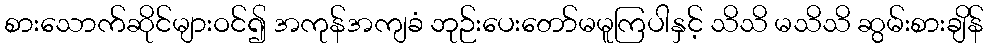
စားသောက်ဆိုင်များဝင်၍ အကုန်အကျခံ ဘုဉ်းပေးတော်မမူကြပါနှင့် သိသိ မသိသိ ဆွမ်းစားချိန်